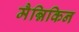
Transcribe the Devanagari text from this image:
मैन्निकिन